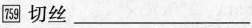
\boxed{759} 切丝 ___